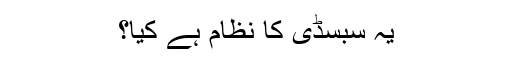
یہ سبسڈی کا نظام ہے کیا؟